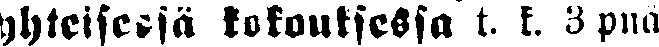
yhteisessä kokouksessa t. k. 3 pnä